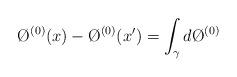
LaTeX: \begin{align*}\O^{(0)}(x) - \O^{(0)}(x') = \int_\gamma d\O^{(0)} \end{align*}